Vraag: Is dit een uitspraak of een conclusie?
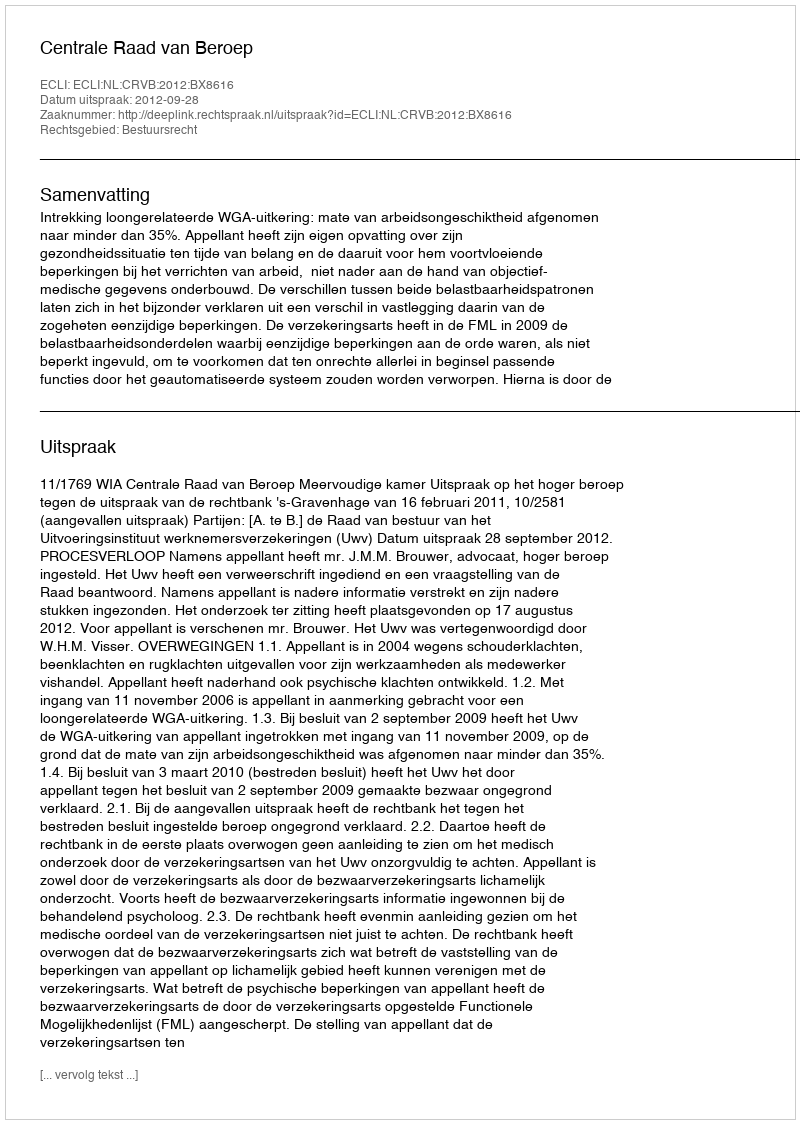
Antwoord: Uitspraak